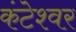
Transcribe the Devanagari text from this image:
कंटेश्वर